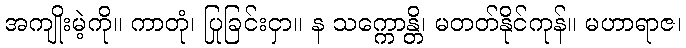
အကျိုးမဲ့ကို။ ကာတုံ၊ ပြုခြင်းငှာ။ န သက္ကောန္တိ၊ မတတ်နိုင်ကုန်။ မဟာရာဇ၊